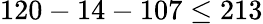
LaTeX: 120-14-107\leq 213